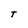
Character: t